Report on horse surra - Volume I
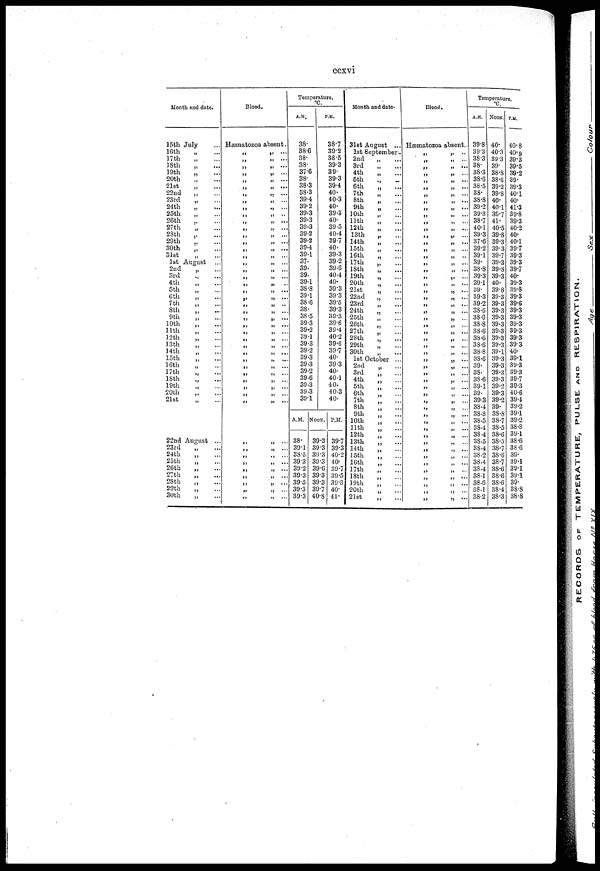
ccxvi
Month and date.
15th
16th
17th
18th
19th
20th
21st
22nd
23rd
24th
25th
26th
27th
28th
29th
30th
31st
1st
2nd
3rd
4th
5th
6th
7th
8th
9th
10th
11th
12th
13th
14th
15th
16th
17th
18th
19th
20th
21st
22nd
23rd
24th
25th
26th
27th
28th
29th
30th
July
„
...
„
...
„ ...
„
...
„
...
„
...
„
„
...
„
...
„
...
„ ...
„
„ ...
„ ...
„ ...
„ ...
August
„ ...
„
...
„
...
„...
„ ...
„
...
„
...
„
...
„
...
„ ...
„ ...
„ ...
„
...
„
...
„ ...
„
...
„ ...
„ ...
„
...
„
...
August ...
„
...
„
...
„ ...
„ ...
„
...
„ ...
„
...
„
...
Blood.
Hæmatozoa absent.
„
„
„
„
„
„
„
„
„
„
„
„
„
„
„
„
„
„
„
„
„
„
„
„
„
„
„
„
„
„
„
„
„
„
„
„
„
„
„
„
„
„
„
„
„
„ ...
„
...
„
...
„
...
„
...
„
...
„ ...
„
...
„
...
„
..
„ ...
„
.. .
„
...
„ ...
„
...
„
...
„
...
„
...
„ ...
„
...
„
...
„
...
„
...
„
...
„ ...
„
...
„
...
„
...
„
...
„
...
„
...
„
...
„
...
...
„...
„ ...
„
...
„ ...
„
...
„ ...
„ ...
„
...
„
...
„
. ..
„...
„
...
Temperature.
°C.
A.M.
38.
38.6
38.
38.
37.6
38.
38.3
38.3
39.4
39.2
39.3
39.3
39.3
39.2
39.2
39.4
39.1
37.
39.
39.
39.1
38.8
39.1
38.6
38.
38.5
39.3
39.2
39.1
39.3
39.2
39.3
39.3
39.2
39.6
39.3
39.3
39.1
P.M.
38.7
39.2
38.5
39.3
39.
39.3
39.4
40.
40.3
40.
39.3
40.
39.5
40.4
39.7
40.
39.3
39.2
39.6
40.4
40.
39.3
39.3
39.5
39.3
39.3
39.6
39.4
40.2
39.6
39.7
40.
39.3
40.
40.1
40.
40.3
40.
A.M. NOON.
38.
39.1
38.5
39. 3
39.2
39.3
39.5
39.3
39.3
39.3
39.3
39.3
39.3
39.6
39.3
39.3
39.7
40.8
P.M.
39.7
39.3
40.2
40.
39.7
39.5
39.3
40.
41.
Month and date.
31st
1st
2nd
3rd
4th
5th
6th
7th
8th
9th
10th
11th
12 th
13th
14th
15th
16th
17th
18th
19th
20th
21st
22nd
23rd
24th
25th
26th
27th
28th
29th
30th
1st
2nd
3rd
4th
5th
6th
7th
8th
9th
10th
11th
12th
13th
14th
15th
16th
17th
18th
19th
20th
21st
August ..
September.
„
...
„
....
„
...
„...
„ ...
„
...
„
...
„ ...
„
...
„ ...
„
„
„
...
„
...
„
„ ...
„
...
„
„
...
„
„
„
„
„
„
„
October ..
„
„ ...
„
„ ...
„
„
„ ...
„
„
...
„ „ ...
„
„
„
„
...
„
„
„
„
„
...
Blood.
Hæmatozoa absent..
„
„
..
„
..
„
...
„
...
„
...
„
...
„
..
„
..
„
...
„
...
„ ...
„
...
„
...
„
..
„
...
„
...
„ ...
„ ...
„ ...
„
...
„ ....
„
...
„
...
„
„...
„
...
...
„
...
„
„ ...
„
...
„
...
„
...
„
...
„...
„...
„...
„
„
„
...
„ ...
„
„ ...
..
„ ...
Temperature.
°C.
A.M.
39.8
39.3
38.3
38.
38.3
38.6
38.5
38.
38.8
39.2
39.3
38.7
40.1
39.3
37.6
39.2
39.1
39.
38.8
39.3
39.1
39.
39.3
39.2
38.6
38.6
38.8
38.6
38.6
38.6
38.8
38.6
39.
38.
38.6
39.1
39.
39.3
38.4
38.3
38.5
38.4
38.4
38.5
38.4
38.2
38.4
38.4
38.1
38.6
38.1
38.2
NOON
40.
40.3
39.3
39.
38.8
38.6
39.2
39.8
40.
40.1
39.7
41 .
40.5
39.8
39.3
39.3
39.7
39.3
39.8
39.3
40.
39.8
39.3
39.3
39.3
39.3
39.3
39.3
39.3
39.3
39.1
39.3
39.3
39.3
39.3
39.2
39.3
39.2
39.
38.8
38.7
38.5
38.6
38.5
38.7
38.6
38.7
38.6
38.6
38.6
38.4
38.3
P.M.
40.8
40.9
39.3
39.5
39.2
39.
39.3
40.1
40.
41.3
39.8
39.3
40.2
40.
40.1
39.7
39.3
39.3
39.7
40.
39.3
39.8
39.3
39.6
39.3
39.3
39.3
39.3
39.3
39.3
40.
39.1
39.3
39.3
39.7
39.3
40.6
39.4
39.2
39.1
39.2
38.8
39.1
38.6
38.6
39.
39.1
39.1
39.1
39.
38.8
38.8